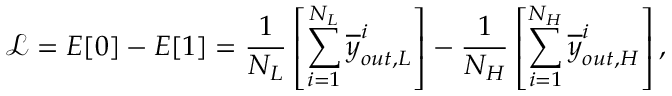
\mathcal { L } = E [ 0 ] - E [ 1 ] = \frac { 1 } { N _ { L } } \left[ \sum _ { i = 1 } ^ { N _ { L } } \overline { { y } } _ { o u t , L } ^ { i } \right] - \frac { 1 } { N _ { H } } \left[ \sum _ { i = 1 } ^ { N _ { H } } \overline { { y } } _ { o u t , H } ^ { i } \right] ,